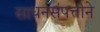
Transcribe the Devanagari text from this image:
साधनसंपत्तीने